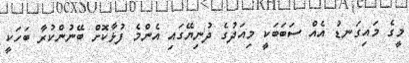
މީގެ މައިގަނޑު އެއް ސަބަބަކީ މިއަދުގެ ދުނިޔޭގައި އެންމެ ފުޅާކޮށް ބޭނުންކުރާ ބަހަކީ